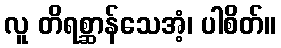
လူ တိရစ္ဆာန်သေအံ့၊ ပါစိတ်။